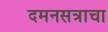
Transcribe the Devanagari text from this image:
दमनसत्राचा